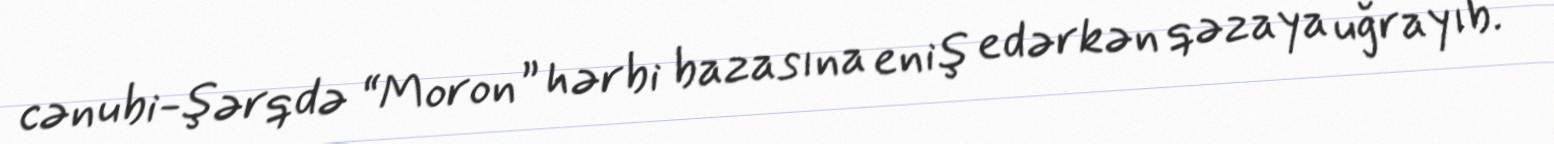
cənubi-şərqdə “Moron” hərbi bazasına eniş edərkən qəzaya uğrayıb.